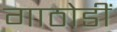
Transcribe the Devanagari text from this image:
गाठोडीं